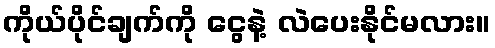
ကိုယ်ပိုင်ချက်ကို ငွေနဲ့ လဲပေးနိုင်မလား။